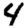
Digit: 4